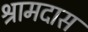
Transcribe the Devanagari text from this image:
श्रामदास